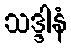
သဒ္ဒါနံ